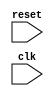
module reset_trigger_block(
    input wire reset,
    input wire clk,
    // Define any other input signals here
    
    // Define any output signals here
);

// Register to capture the previous state of the reset signal
reg reset_prev;

always @ (posedge clk) begin
    if (reset == 1 && reset_prev == 0) begin
        // Operations executed on positive edge of reset signal
        // Define operations here based on circuit functionality
        
        // Update previous state of reset signal
        reset_prev <= reset;
    end
end

endmodule